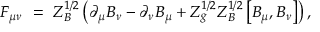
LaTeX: F _ { \mu \nu } \ = \ Z _ { B } ^ { 1 / 2 } \left( \partial _ { \mu } B _ { \nu } - \partial _ { \nu } B _ { \mu } + Z _ { g } ^ { 1 / 2 } Z _ { B } ^ { 1 / 2 } \left[ B _ { \mu } , B _ { \nu } \right] \right) ,